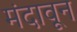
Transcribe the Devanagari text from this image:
मंदावून